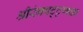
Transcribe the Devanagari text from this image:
श्रीरंगपट्ट्णचा